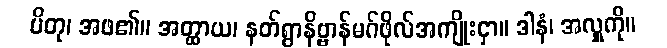
ပိတု၊ အဖ၏။ အတ္ထာယ၊ နတ်ရွာနိဗ္ဗာန်မဂ်ဖိုလ်အကျိုးငှာ။ ဒါနံ၊ အလှူကို။